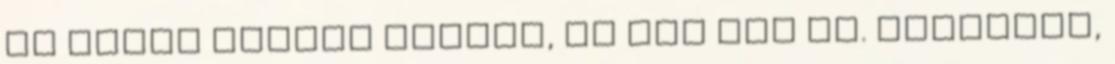
is lehet nagyon előzni, az meg nem jó. kötelező,